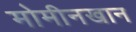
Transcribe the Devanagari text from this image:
मोमीनखान